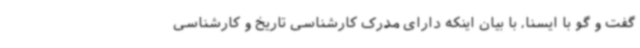
گفت و گو با ایسنا، با بیان اینکه دارای مدرک کارشناسی تاریخ و کارشناسی